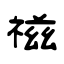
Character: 禌